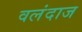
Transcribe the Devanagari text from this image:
वलंदाज